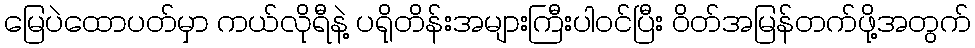
မြေပဲထောပတ်မှာ ကယ်လိုရီနဲ့ ပရိုတိန်းအများကြီးပါဝင်ပြီး ဝိတ်အမြန်တက်ဖို့အတွက်